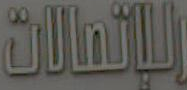
للإتصالات